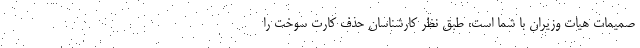
صمیمات هیات وزیران با شما است، طبق نظر کارشناسان حذف کارت سوخت را